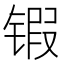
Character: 𰾤